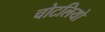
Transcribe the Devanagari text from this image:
चोटलियो